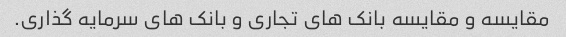
مقایسه و مقایسه بانک های تجاری و بانک های سرمایه گذاری.